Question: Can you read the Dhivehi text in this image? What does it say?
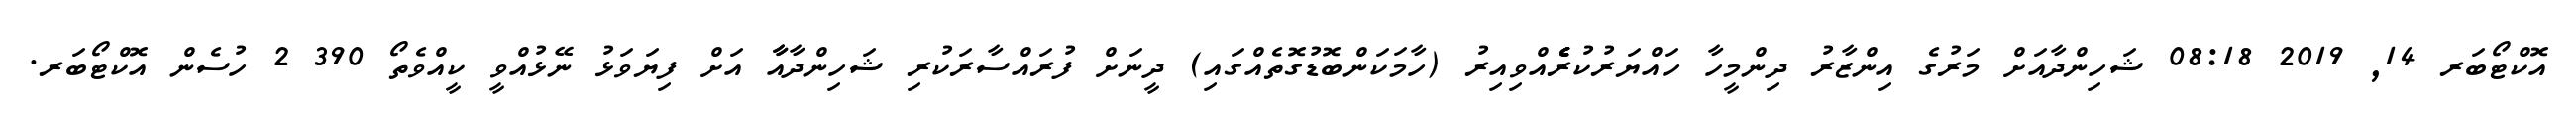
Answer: އޮކްޓޯބަރ 14, 2019 08:18 ޝަހިންދާއަށް މަރުގެ އިންޒާރު ދިންމީހާ ހައްޔަރުކުރެެެެެއްވިއިރު (ހާމަކަންބޮޑުގޮތެއްގައި) ދީނަށް ފުރައްސާރަކުރި ޝަހިންދާއާާ އަށް ފިޔަވަޅު ނޭޅުއްވީ ކީއްވެތޯ 390 2 ހުސެން އޮކްޓޯބަރ.